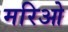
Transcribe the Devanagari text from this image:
मरिओ